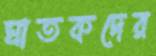
ঘাতকদের